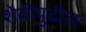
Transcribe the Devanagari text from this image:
शेतीपुढील